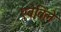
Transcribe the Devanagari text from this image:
एबेविले